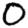
Digit: 0